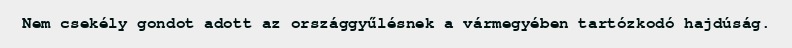
Nem csekély gondot adott az országgyűlésnek a vármegyében tartózkodó hajdúság.